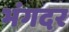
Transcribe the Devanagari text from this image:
भंगदर